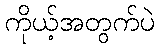
ကိုယ့်အတွက်ပဲ